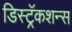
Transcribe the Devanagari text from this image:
डिस्ट्रॅकशन्स